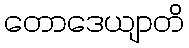
တောဒေယျာတိ